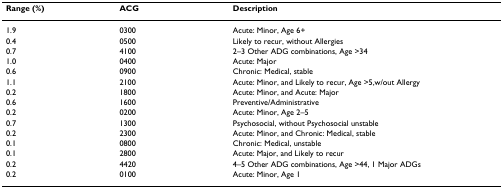
<table><thead><tr><td><b>Range (%)</b></td><td><b>ACG</b></td><td><b>Description</b></td></tr></thead><tbody><tr><td>1.9</td><td>0300</td><td>Acute: Minor, Age 6+</td></tr><tr><td>0.4</td><td>0500</td><td>Likely to recur, without Allergies</td></tr><tr><td>0.7</td><td>4100</td><td>2–3 Other ADG combinations, Age &gt;34</td></tr><tr><td>1.0</td><td>0400</td><td>Acute: Major</td></tr><tr><td>0.6</td><td>0900</td><td>Chronic: Medical, stable</td></tr><tr><td>1.1</td><td>2100</td><td>Acute: Minor, and Likely to recur, Age &gt;5,w/out Allergy</td></tr><tr><td>0.2</td><td>1800</td><td>Acute: Minor, and Acute: Major</td></tr><tr><td>0.6</td><td>1600</td><td>Preventive/Administrative</td></tr><tr><td>0.2</td><td>0200</td><td>Acute: Minor, Age 2–5</td></tr><tr><td>0.7</td><td>1300</td><td>Psychosocial, without Psychosocial unstable</td></tr><tr><td>0.2</td><td>2300</td><td>Acute: Minor, and Chronic: Medical, stable</td></tr><tr><td>0.1</td><td>0800</td><td>Chronic: Medical, unstable</td></tr><tr><td>0.1</td><td>2800</td><td>Acute: Major, and Likely to recur</td></tr><tr><td>0.2</td><td>4420</td><td>4–5 Other ADG combinations, Age &gt;44, 1 Major ADGs</td></tr><tr><td>0.2</td><td>0100</td><td>Acute: Minor, Age 1</td></tr></tbody></table>